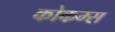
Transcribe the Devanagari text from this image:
कोकम्स